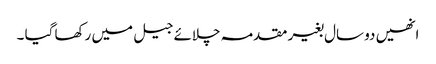
انھیں دو سال بغیر مقدمہ چلائے جیل میں رکھا گیا ۔